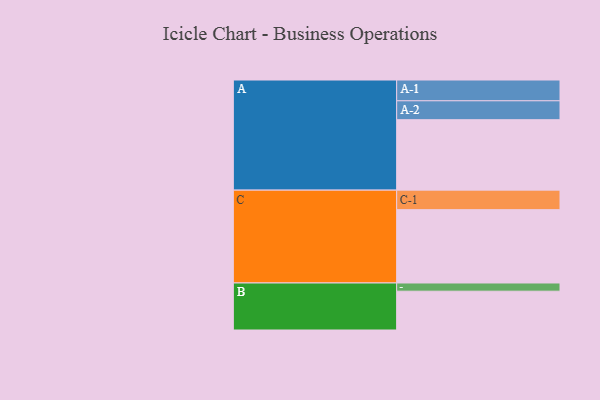
{"axis": {"x": "Segment", "y": "Value"}, "legend": ["", "A", "B", "C"], "data": [{"x": "A", "y": 559, "type": ""}, {"x": "B", "y": 308, "type": ""}, {"x": "C", "y": 582, "type": ""}, {"x": "A-1", "y": 165, "type": "A"}, {"x": "A-2", "y": 150, "type": "A"}, {"x": "B-1", "y": 65, "type": "B"}, {"x": "C-1", "y": 155, "type": "C"}]}